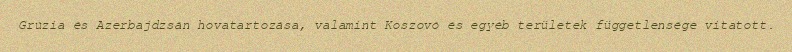
Grúzia és Azerbajdzsán hovatartozása, valamint Koszovó és egyéb területek függetlensége vitatott.